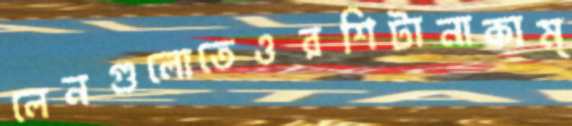
লেনগুলোতেওরশিটানাকাম্‌